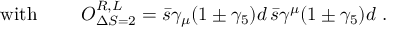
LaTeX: \mathrm { w i t h \ } \quad \quad O _ { \Delta S = 2 } ^ { R , L } = \bar { s } \gamma _ { \mu } ( 1 \pm \gamma _ { 5 } ) d \, \bar { s } \gamma ^ { \mu } ( 1 \pm \gamma _ { 5 } ) d \ .